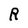
Character: R